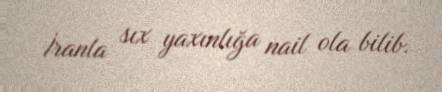
İranla sıx yaxınlığa nail ola bilib.